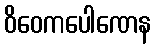
ဝိဝေကပေါဏေန